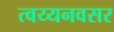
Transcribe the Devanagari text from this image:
त्वय्यनवसर